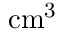
\mathrm { { c m } ^ { 3 } }